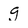
Character: g